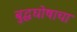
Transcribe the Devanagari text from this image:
बुद्धघोषाचा